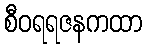
စီဝရရဇနကထာ